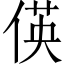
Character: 偀